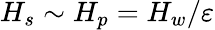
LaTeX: H_{s}\sim H_{p}=H_{w}/{\varepsilon}